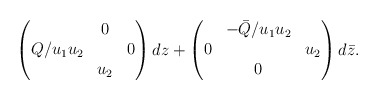
\begin{align*}\begin{pmatrix} & 0 & \\ Q/u_1u_2 & & 0\\ & u_2 & \end{pmatrix} dz +\begin{pmatrix} &-\bar Q/u_1u_2 & \\ 0 & & u_2\\ & 0 & \end{pmatrix} d\bar z. \end{align*}